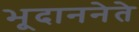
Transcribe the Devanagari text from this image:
भूदाननेते